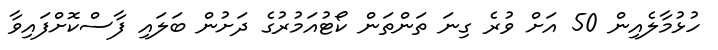
ހުޅުމާލެއިން 50 އަށް ވުރެ ގިނަ ތަންތަން ކޯޓުއަމުރުގެ ދަށުން ބަލައި ފާސްކޮށްފައިވާ